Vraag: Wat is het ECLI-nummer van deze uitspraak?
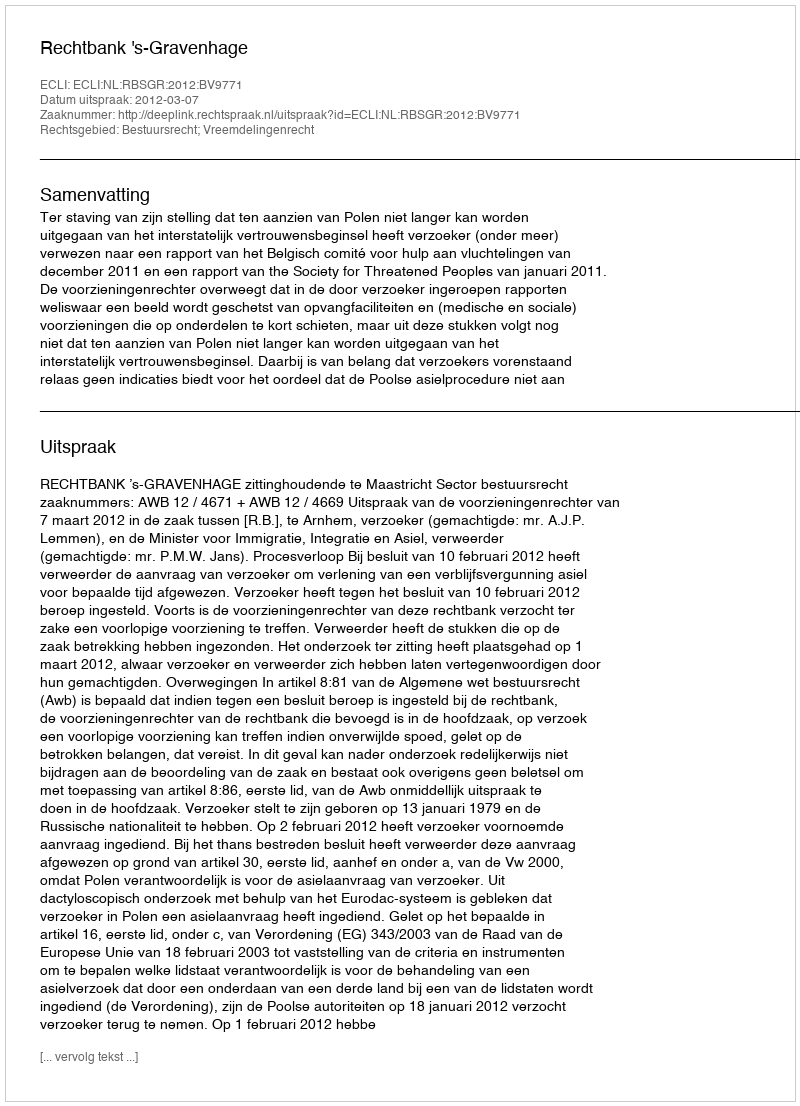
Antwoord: ECLI:NL:RBSGR:2012:BV9771